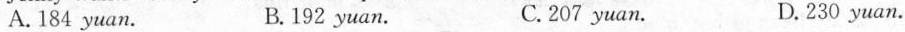
A.184 yuan. B.192 yuan. C. 207 yuan. D.230 yuan.